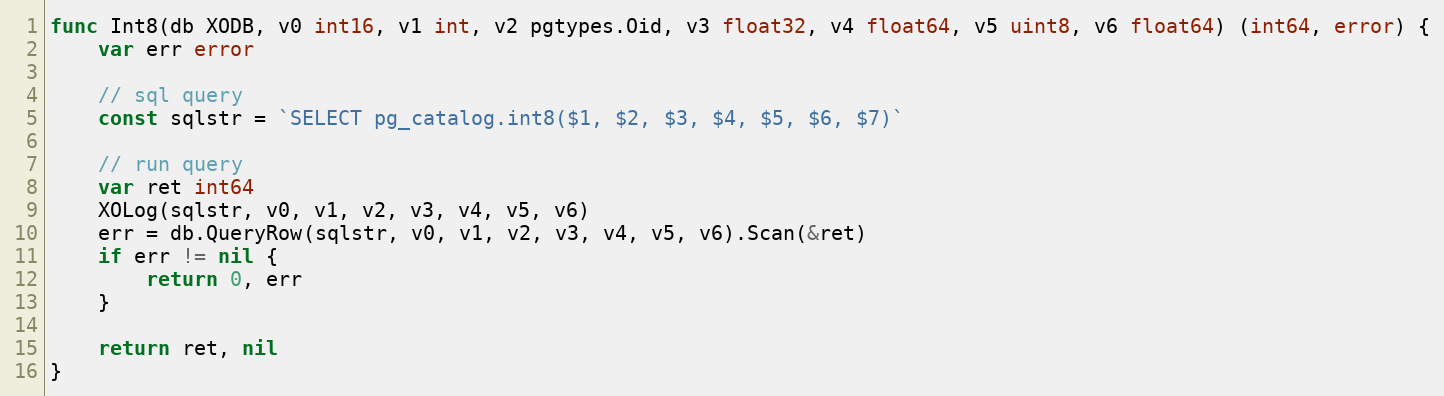
Language: Go
func Int8(db XODB, v0 int16, v1 int, v2 pgtypes.Oid, v3 float32, v4 float64, v5 uint8, v6 float64) (int64, error) {
	var err error

	// sql query
	const sqlstr = `SELECT pg_catalog.int8($1, $2, $3, $4, $5, $6, $7)`

	// run query
	var ret int64
	XOLog(sqlstr, v0, v1, v2, v3, v4, v5, v6)
	err = db.QueryRow(sqlstr, v0, v1, v2, v3, v4, v5, v6).Scan(&ret)
	if err != nil {
		return 0, err
	}

	return ret, nil
}